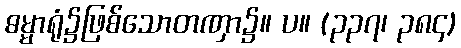
ဓမ္မာရုံ၌ဖြစ်သောတဏှာ၌။ ပ။ (၃၃၇၊ ၃၈၄)